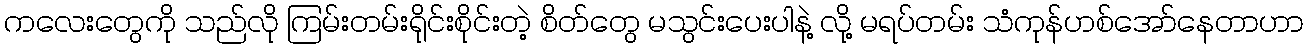
ကလေးတွေကို သည်လို ကြမ်းတမ်းရိုင်းစိုင်းတဲ့ စိတ်တွေ မသွင်းပေးပါနဲ့ လို့ မရပ်တမ်း သံကုန်ဟစ်အော်နေတာဟာ